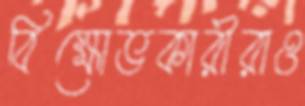
বিক্ষোভকারীরাও